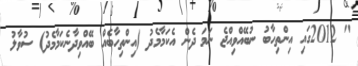
" 2012ގައި އިންތިހާބު ނުބޭއްވިއްޖެ ނަމަ ދެން އެކަމާމެދު (އިންތިހާބެއް ބޭއްވިދާނެކަމާމެދު) ސުވާލު